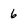
Character: 6